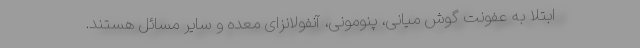
ابتلا به عفونت گوش میانی، پنومونی، آنفولانزای معده و سایر مسائل هستند.